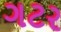
ગટર